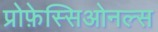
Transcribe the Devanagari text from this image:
प्रोफ़ेस्सिओनल्स